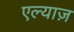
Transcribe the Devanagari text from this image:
एल्याज़